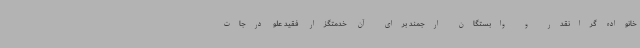
خانواده گرانقدر و وابستگان ارجمند برای آن خدمتگزار فقید علو درجات